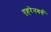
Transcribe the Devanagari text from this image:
एहरेनबर्ग